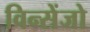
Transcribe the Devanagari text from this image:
विन्सेंजो